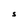
Character: S